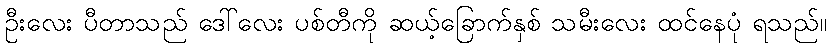
ဦးလေး ပီတာသည် ဒေါ်လေး ပစ်တီကို ဆယ့်ခြောက်နှစ် သမီးလေး ထင်နေပုံ ရသည်။